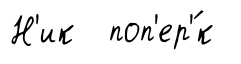
Н'ик поп'ер'́к